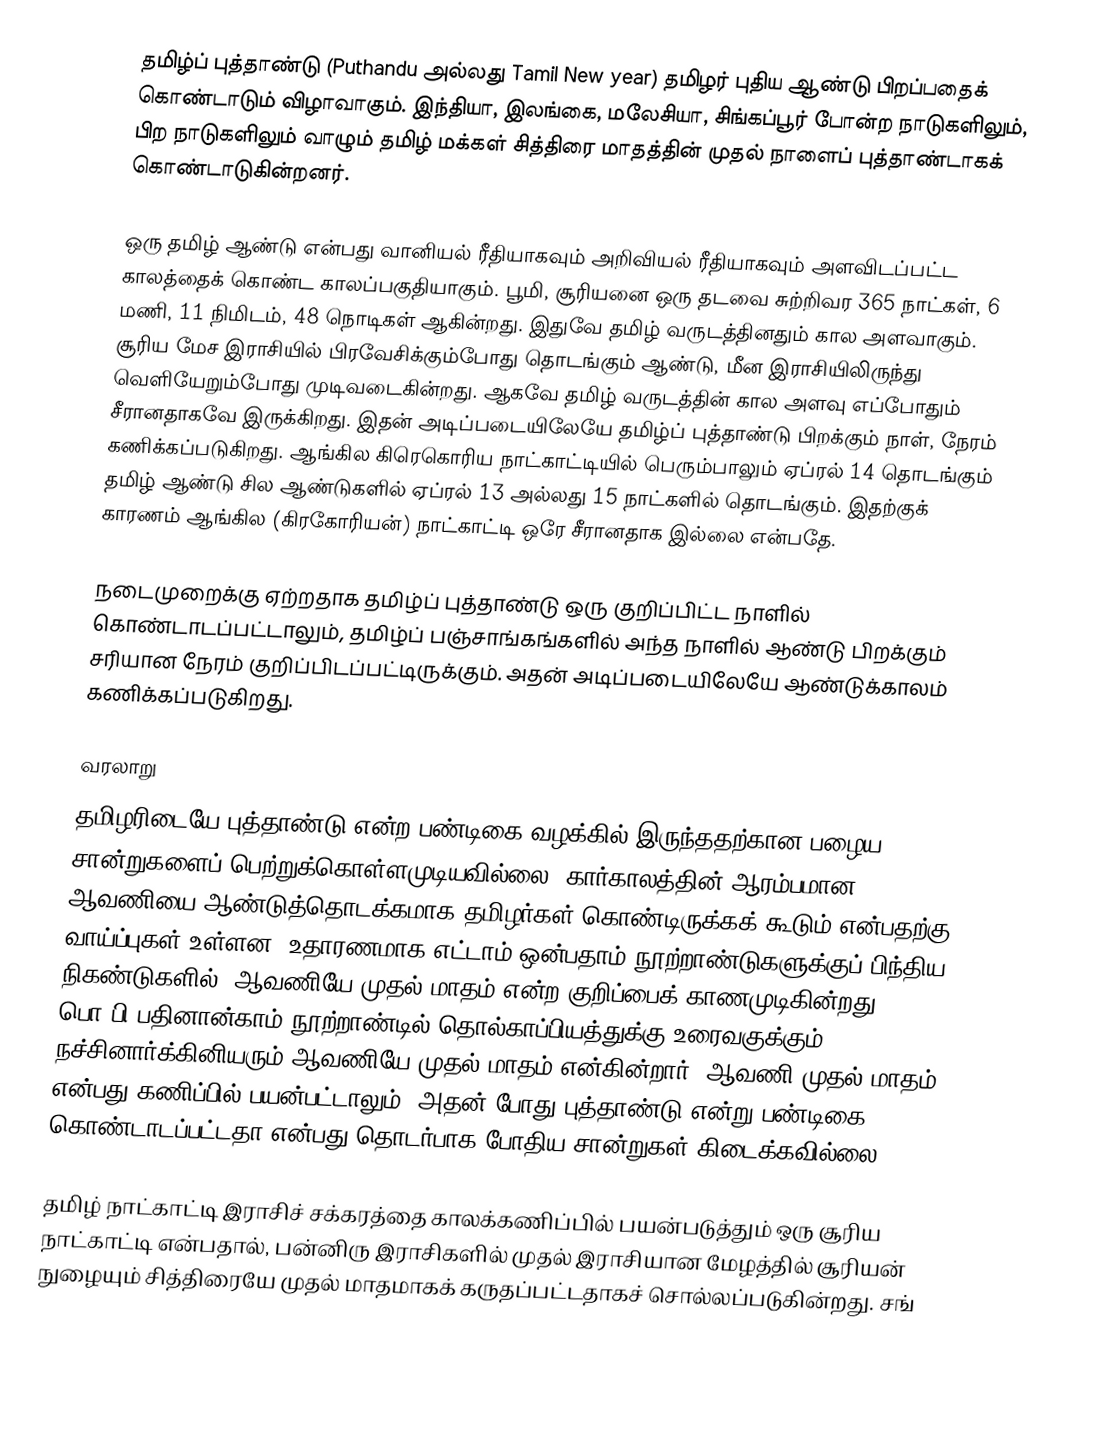
தமிழ்ப் புத்தாண்டு (Puthandu அல்லது Tamil New year) தமிழர் புதிய ஆண்டு பிறப்பதைக் கொண்டாடும் விழாவாகும். இந்தியா, இலங்கை, மலேசியா, சிங்கப்பூர் போன்ற நாடுகளிலும், பிற நாடுகளிலும் வாழும் தமிழ் மக்கள் சித்திரை மாதத்தின் முதல் நாளைப் புத்தாண்டாகக் கொண்டாடுகின்றனர்.

ஒரு தமிழ் ஆண்டு என்பது வானியல் ரீதியாகவும் அறிவியல் ரீதியாகவும் அளவிடப்பட்ட காலத்தைக் கொண்ட காலப்பகுதியாகும். பூமி, சூரியனை ஒரு தடவை சுற்றிவர 365 நாட்கள், 6 மணி, 11 நிமிடம், 48 நொடிகள் ஆகின்றது. இதுவே தமிழ் வருடத்தினதும் கால அளவாகும். சூரிய மேச இராசியில்  பிரவேசிக்கும்போது தொடங்கும் ஆண்டு, மீன இராசியிலிருந்து வெளியேறும்போது முடிவடைகின்றது. ஆகவே தமிழ் வருடத்தின் கால அளவு எப்போதும் சீரானதாகவே இருக்கிறது. இதன் அடிப்படையிலேயே தமிழ்ப் புத்தாண்டு பிறக்கும் நாள், நேரம் கணிக்கப்படுகிறது. ஆங்கில கிரெகொரிய நாட்காட்டியில் பெரும்பாலும் ஏப்ரல் 14 தொடங்கும் தமிழ் ஆண்டு சில ஆண்டுகளில் ஏப்ரல் 13 அல்லது 15 நாட்களில் தொடங்கும். இதற்குக் காரணம் ஆங்கில (கிரகோரியன்) நாட்காட்டி ஒரே சீரானதாக இல்லை என்பதே.

நடைமுறைக்கு ஏற்றதாக தமிழ்ப் புத்தாண்டு ஒரு குறிப்பிட்ட நாளில் கொண்டாடப்பட்டாலும், தமிழ்ப் பஞ்சாங்கங்களில் அந்த நாளில் ஆண்டு பிறக்கும் சரியான நேரம் குறிப்பிடப்பட்டிருக்கும். அதன் அடிப்படையிலேயே ஆண்டுக்காலம் கணிக்கப்படுகிறது.

வரலாறு
தமிழரிடையே புத்தாண்டு என்ற பண்டிகை வழக்கில் இருந்ததற்கான பழைய சான்றுகளைப் பெற்றுக்கொள்ளமுடியவில்லை. கார்காலத்தின் ஆரம்பமான ஆவணியை ஆண்டுத்தொடக்கமாக தமிழர்கள் கொண்டிருக்கக் கூடும் என்பதற்கு வாய்ப்புகள் உள்ளன. உதாரணமாக எட்டாம் ஒன்பதாம் நூற்றாண்டுகளுக்குப் பிந்திய நிகண்டுகளில், ஆவணியே முதல் மாதம் என்ற குறிப்பைக் காணமுடிகின்றது. பொ.பி பதினான்காம் நூற்றாண்டில் தொல்காப்பியத்துக்கு உரைவகுக்கும் நச்சினார்க்கினியரும் ஆவணியே முதல் மாதம் என்கின்றார். ஆவணி முதல் மாதம் என்பது கணிப்பில் பயன்பட்டாலும், அதன் போது புத்தாண்டு என்று பண்டிகை கொண்டாடப்பட்டதா என்பது தொடர்பாக போதிய சான்றுகள் கிடைக்கவில்லை.

தமிழ் நாட்காட்டி இராசிச் சக்கரத்தை காலக்கணிப்பில் பயன்படுத்தும் ஒரு சூரிய நாட்காட்டி என்பதால், பன்னிரு இராசிகளில் முதல் இராசியான மேழத்தில் சூரியன் நுழையும் சித்திரையே முதல் மாதமாகக் கருதப்பட்டதாகச் சொல்லப்படுகின்றது. சங்